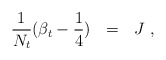
\begin{align*} {1\over N_t}(\beta_t -{1\over 4})~~= ~~J~,\end{align*}